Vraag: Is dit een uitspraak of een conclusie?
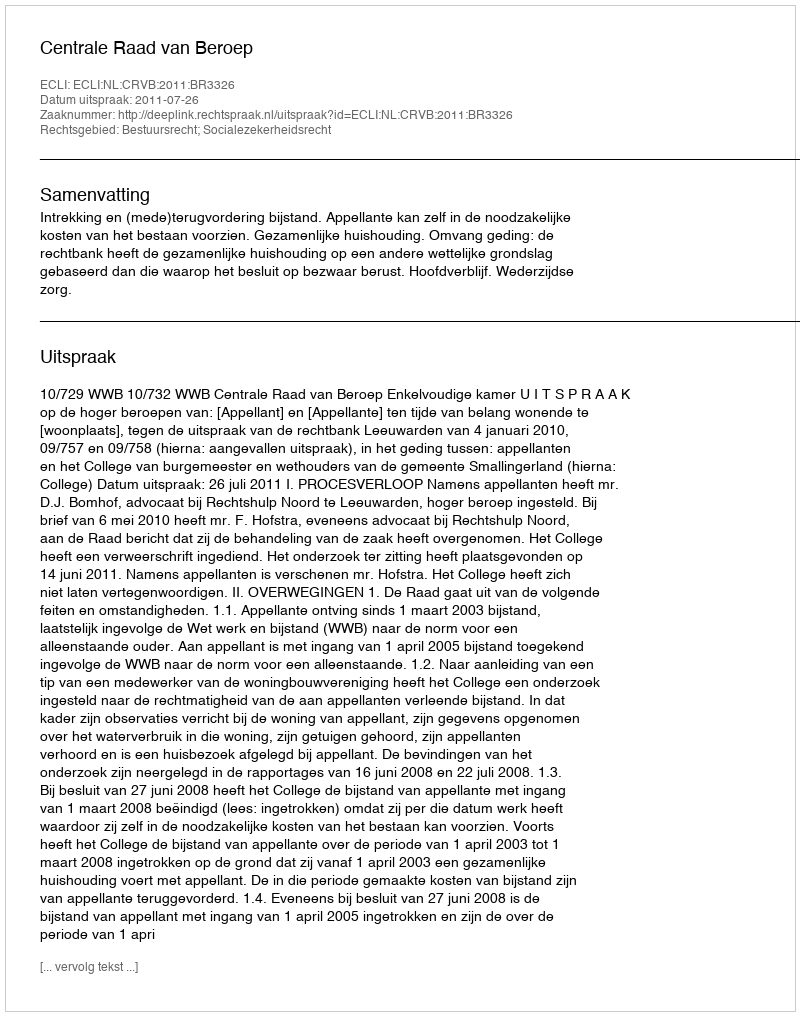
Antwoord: Uitspraak